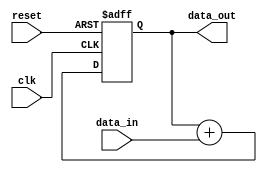
module CascadedAccumulator(
    input clk,
    input reset,
    input [31:0] data_in,
    output [31:0] data_out
);

reg [31:0] sum;

always @(posedge clk or posedge reset) begin
    if (reset) begin
        sum <= 0;
    end else begin
        sum <= sum + data_in;
    end
end

assign data_out = sum;

endmodule